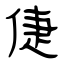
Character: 倢